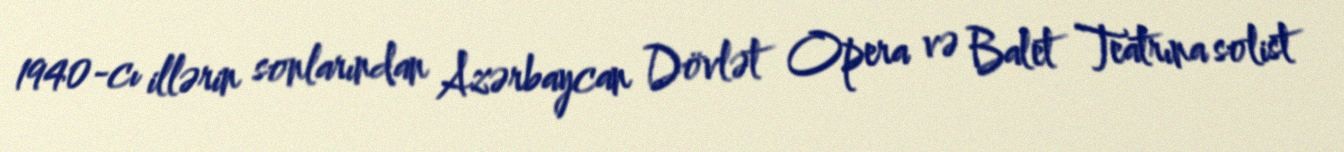
1940-cı illərin sonlarından Azərbaycan Dövlət Opera və Balet Teatrına solist